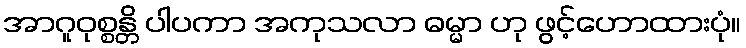
အာဂူဝုစ္စန္တိ ပါပကာ အကုသလာ ဓမ္မာ ဟု ဖွင့်ဟောထားပုံ။